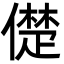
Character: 儊